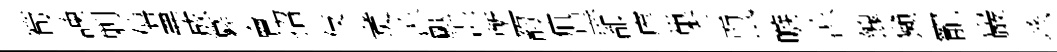
筍諫剿僖弗成纂會招伎煑凉颷湿塹韵疽黒都庠巢壬鼠嗾凉餽獺寵巖垓